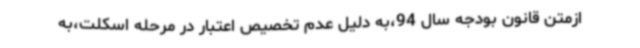
ازمتن قانون بودجه سال 94،به دلیل عدم تخصیص اعتبار در مرحله اسکلت،به